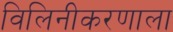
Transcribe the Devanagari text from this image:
विलिनीकरणाला